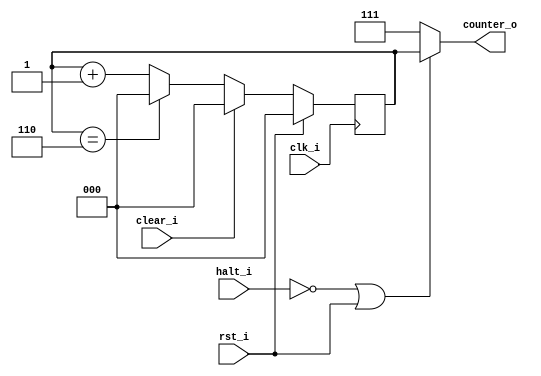
module counter3(

input rst_i,clear_i,halt_i,clk_i,
output [2:0] counter_o);

reg [2:0] count=3'b0;

always@(posedge clk_i )
begin
	if(rst_i)
		count<=3'b000;
	else if(clear_i)
		count<=3'b000;
	else if(count==3'b110)
		count<=3'b000;
	else count<=count+1;
end

//Rrst_ihalt
assign counter_o=((~halt_i)|rst_i)? count:3'b111;

endmodule